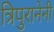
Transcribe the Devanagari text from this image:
त्रिपुरानेनी